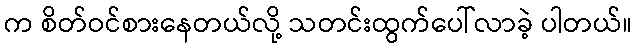
က စိတ်ဝင်စားနေတယ်လို့ သတင်းထွက်ပေါ်လာခဲ့ ပါတယ်။